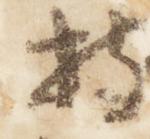
持